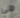
هي